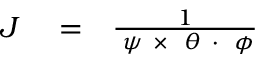
\begin{array} { r l r } { { \cal J } } & { { } = } & { \frac 1 { { \bf \nabla } \psi ~ { \bf \times } ~ { \bf \nabla } \theta ~ { \bf \cdot } ~ { \bf \nabla } \phi } } \end{array}